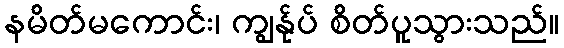
နမိတ်မကောင်း၊ ကျွန်ုပ် စိတ်ပူသွားသည်။